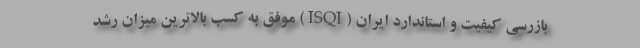
بازرسی کیفیت و استاندارد ایران (ISQI) موفق به کسب بالاترین ميزان رشد